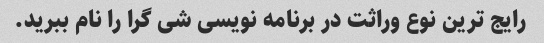
رایج ترین نوع وراثت در برنامه نویسی شی گرا را نام ببرید.